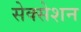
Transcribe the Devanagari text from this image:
सेक्सेशन